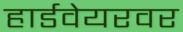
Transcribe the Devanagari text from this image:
हार्डवेयरवर